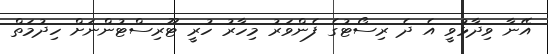
އޭނާ ވިދާޅުވީ އެ ދެ ރިސޯޓުގެ ފެންވަރު މިހާރު ހުރީ ޓޫރިސްޓުންނަށް ހިދުމަތް